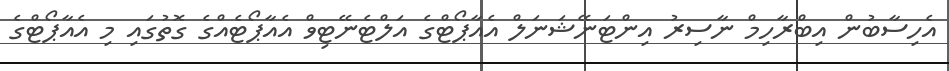
އެހިސާބުން އިބްރާހިމް ނާސިރު އިންޓަނޭޝަނަލް އެއާޕޯޓްގެ އަލްޓެނޭޓިވް އެއާޕޯޓެއްގެ ގޮތުގައި މި އެއާޕޯޓްގެ